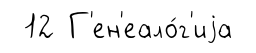
12 Г'ен'еало́г'иjа